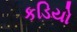
કડિયો